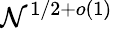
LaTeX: \mathcal{N}^{1/2+o(1)}